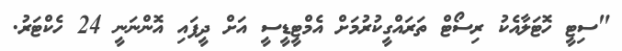
"ސިޓީ ހޮޓަލާއެކު ރިސޯޓް ތަރައްގީކުރުމަށް އެމްޓީޑީސީ އަށް ދީފައި އޮންނަނީ 24 ހެކްޓަރު.